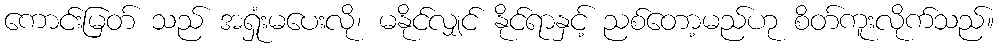
ကောင်းမြတ် သည် အရှုံးမပေးလို၊ မနိုင်လျှင် နိုင်ရာနှင့် ညစ်တော့မည်ဟု စိတ်ကူးလိုက်သည်။